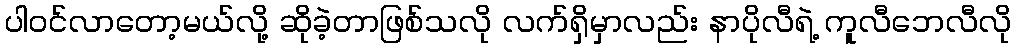
ပါဝင်လာတော့မယ်လို့ ဆိုခဲ့တာဖြစ်သလို လက်ရှိမှာလည်း နာပိုလီရဲ့ ကူလီဘေလီလို